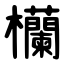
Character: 欗